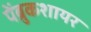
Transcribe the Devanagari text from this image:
पेंब्रुकशायर